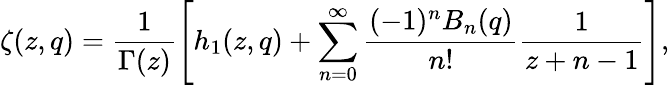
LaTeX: \zeta(z,q)=\frac 1{\Gamma(z)}\left[h_{1}(z,q)+\sum_{n=0}^{\infty}\frac{(-1)^{n}B_{n}(q)}{n!}\frac 1{z+n-1}\right],